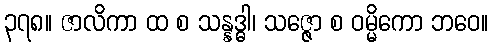
၃၇၈။ ဇာလိကာ ထ စ သန္နဒ္ဓါ၊ သဇ္ဇော စ ဝမ္မိကော ဘဝေ။